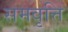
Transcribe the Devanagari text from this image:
समवृत्ति